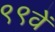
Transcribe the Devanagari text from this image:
९९वें